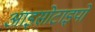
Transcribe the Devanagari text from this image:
आइसोटाइपों